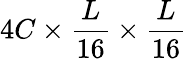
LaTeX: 4C\times\frac{L}{16}\times\frac{L}{16}